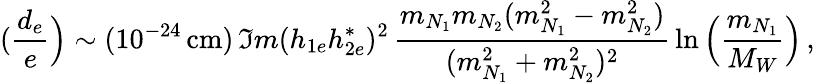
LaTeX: (\frac{d_{e}}{e}\Big)\sim(10^{-24}\, \mathrm{cm})\, \Im m(h_{1e}h_{2e}^{*})^{2}\, \frac{m_{N_{1}}m_{N_{2}}(m_{N_{1}}^{2}-m_{N_{2}}^{2})}{(m_{N_{1}}^{2}+m_{N_{2}}^{2})^{2}}\, \ln\Big(\frac{m_{N_{1}}}{M_{W}}\Big)\, ,